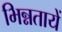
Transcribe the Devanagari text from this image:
भिन्नतायें